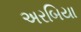
અરબિયા